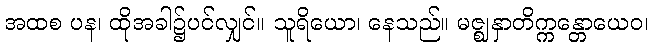
အထစ ပန၊ ထိုအခါ၌ပင်လျှင်။ သူရိယော၊ နေသည်။ မဇ္ဈနှာတိက္ကန္တောယေဝ၊